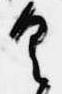
具